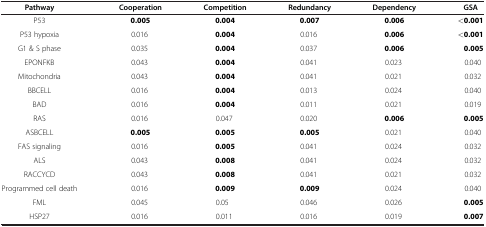
<table><thead><tr><td><b>Pathway</b></td><td><b>Cooperation</b></td><td><b>Competition</b></td><td><b>Redundancy</b></td><td><b>Dependency</b></td><td><b>GSA</b></td></tr></thead><tbody><tr><td>P53</td><td><b>0.005</b></td><td><b>0.004</b></td><td><b>0.007</b></td><td><b>0.006</b></td><td><b>&lt;0.001</b></td></tr><tr><td>P53 hypoxia</td><td>0.016</td><td><b>0.004</b></td><td>0.016</td><td><b>0.006</b></td><td><b>&lt;0.001</b></td></tr><tr><td>G1 &amp; S phase</td><td>0.035</td><td><b>0.004</b></td><td>0.037</td><td><b>0.006</b></td><td><b>0.005</b></td></tr><tr><td>EPONFKB</td><td>0.043</td><td><b>0.004</b></td><td>0.041</td><td>0.023</td><td>0.040</td></tr><tr><td>Mitochondria</td><td>0.043</td><td><b>0.004</b></td><td>0.041</td><td>0.021</td><td>0.032</td></tr><tr><td>BBCELL</td><td>0.016</td><td><b>0.004</b></td><td>0.013</td><td>0.024</td><td>0.040</td></tr><tr><td>BAD</td><td>0.016</td><td><b>0.004</b></td><td>0.011</td><td>0.021</td><td>0.019</td></tr><tr><td>RAS</td><td>0.016</td><td>0.047</td><td>0.020</td><td><b>0.006</b></td><td><b>0.005</b></td></tr><tr><td>ASBCELL</td><td><b>0.005</b></td><td><b>0.005</b></td><td><b>0.005</b></td><td>0.021</td><td>0.040</td></tr><tr><td>FAS signaling</td><td>0.016</td><td><b>0.005</b></td><td>0.041</td><td>0.024</td><td>0.032</td></tr><tr><td>ALS</td><td>0.043</td><td><b>0.008</b></td><td>0.041</td><td>0.024</td><td>0.032</td></tr><tr><td>RACCYCD</td><td>0.043</td><td><b>0.008</b></td><td>0.041</td><td>0.021</td><td>0.032</td></tr><tr><td>Programmed cell death</td><td>0.016</td><td><b>0.009</b></td><td><b>0.009</b></td><td>0.024</td><td>0.040</td></tr><tr><td>FML</td><td>0.045</td><td>0.05</td><td>0.046</td><td>0.026</td><td><b>0.005</b></td></tr><tr><td>HSP27</td><td>0.016</td><td>0.011</td><td>0.016</td><td>0.019</td><td><b>0.007</b></td></tr></tbody></table>